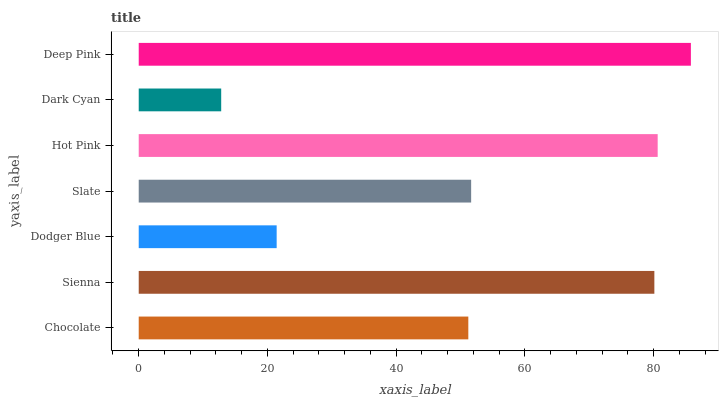
| yaxis_label | bars |
 | --- | --- |
 | Chocolate | 51.2 |
 | Sienna | 80.1 |
 | Dodger Blue | 21.4 |
 | Slate | 51.6 |
 | Hot Pink | 80.6 |
 | Dark Cyan | 12.8 |
 | Deep Pink | 85.8 |